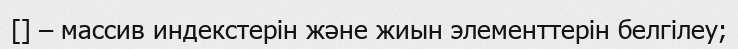
[] – массив индекстерін және жиын элементтерін белгілеу;